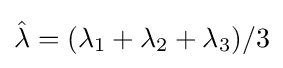
{\hat {\lambda }}=(\lambda _{1}+\lambda _{2}+\lambda _{3})/3